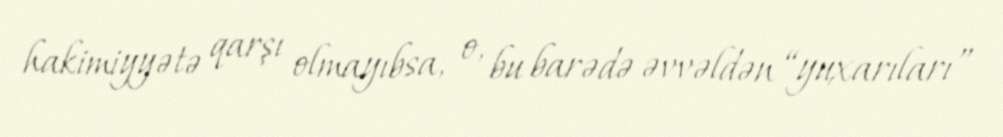
hakimiyyətə qarşı olmayıbsa, o, bu barədə əvvəldən “yuxarıları”